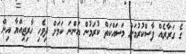
ގެ ގަރާރެއް ފާސްކުރުމަށް މަސައްކަތް ކުރަމުން އަންނަ ކަމަށް ދިވެހި ހާރިޖިއްޔާ އިން